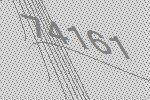
74161